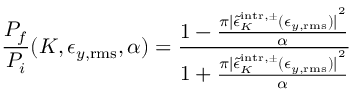
\frac { P _ { f } } { P _ { i } } ( K , \epsilon _ { y , \mathrm { r m s } } , \alpha ) = \frac { 1 - \frac { \pi { | \tilde { \epsilon } _ { K } ^ { \mathrm { i n t r } , \pm } ( \epsilon _ { y , \mathrm { r m s } } ) | } ^ { 2 } } { \alpha } } { 1 + \frac { \pi { | \tilde { \epsilon } _ { K } ^ { \mathrm { i n t r } , \pm } ( \epsilon _ { y , \mathrm { r m s } } ) | } ^ { 2 } } { \alpha } }